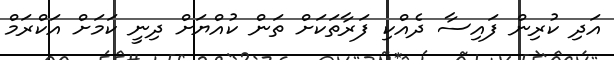
އަދި ކުރިން ފައިސާ ދެއްކި ފަރާތަކަށް ތަން ކުއްޔަށް ދިނީ ކަމަށް އަކްރަމް